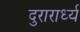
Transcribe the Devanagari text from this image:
दुरारार्ध्य